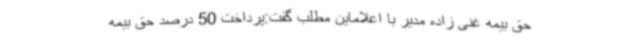
حق بیمه غنی زاده مدیر با اعلاماین مطلب گفت:پرداخت 50 درصد حق بیمه